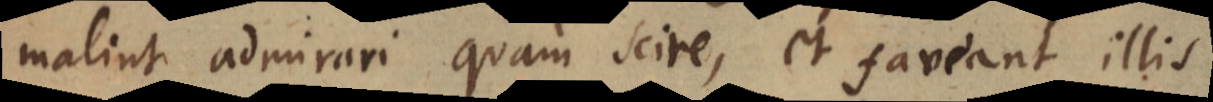
malint admirari quam scire, et faveant illis